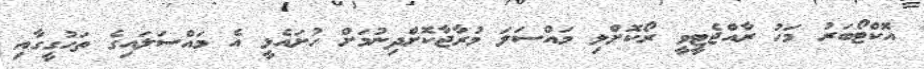
އޮކްޓޯބަރު މަހު ރާއްޖެޓީވީ ރޯކޮށްލި މައްސަލަ މުރާޖާކޮށްދިނުމަށް ހުށައެޅީ އެ މައްސަލައިގެ ތަހުގީގާއި